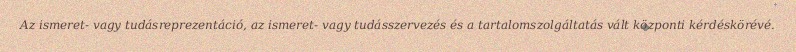
Az ismeret- vagy tudásreprezentáció, az ismeret- vagy tudásszervezés és a tartalomszolgáltatás vált központi kérdéskörévé.